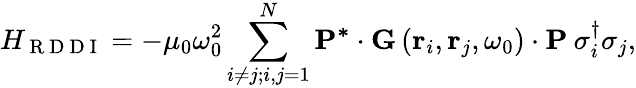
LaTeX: H_{\mathrm{~R~D~D~I~}}=-\mu_{0}\omega_{0}^{2}\sum_{i\neq j;i,j=1}^{N}\mathbf{P^{*}}\cdot\mathbf{G}\left(\mathbf{r}_{i},\mathbf{r}_{j},\omega_{0}\right)\cdot\mathbf{P}\: \sigma_{i}^{\dagger}\sigma_{j},